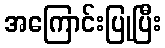
အကြောင်းပြုပြီး